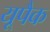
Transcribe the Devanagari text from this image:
यूपैक